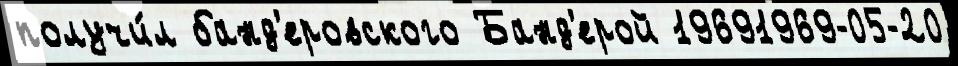
получи́л банд'еровского Банд'ерой 19691969-05-20